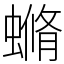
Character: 䗛